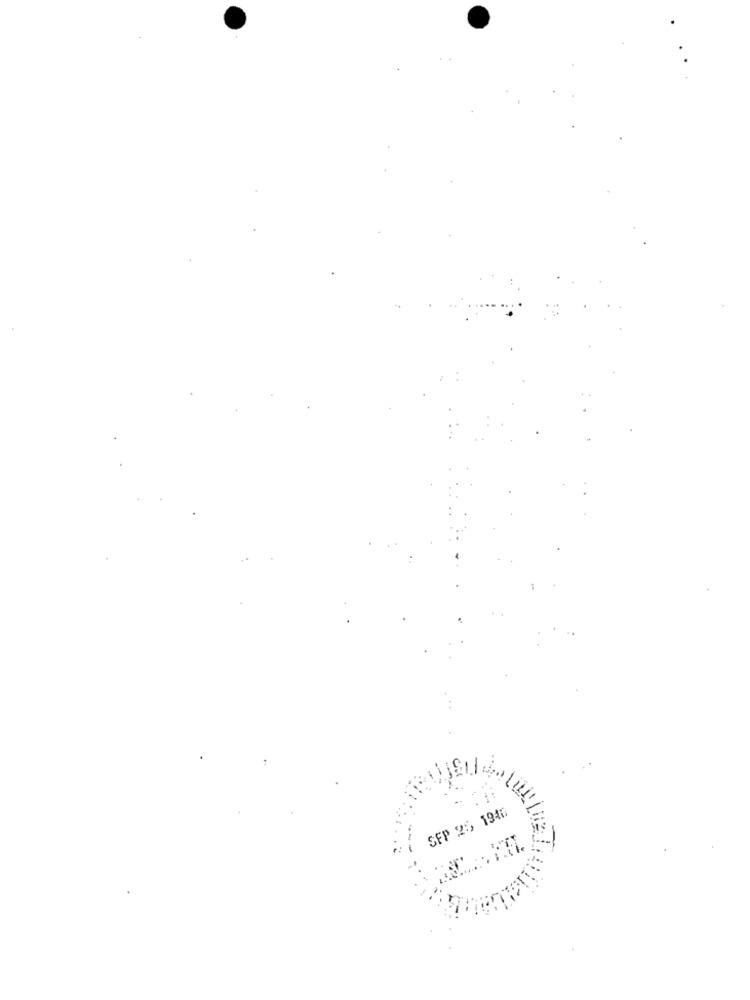
SFP 25 1946